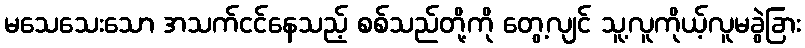
မသေသေးသော အသက်ငင်နေသည့် စစ်သည်တို့ကို တွေ့လျင် သူ့လူကိုယ့်လူမခွဲခြား